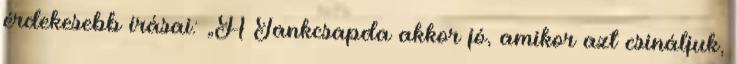
érdekesebb í­rásai: „A Tankcsapda akkor jó, amikor azt csináljuk,